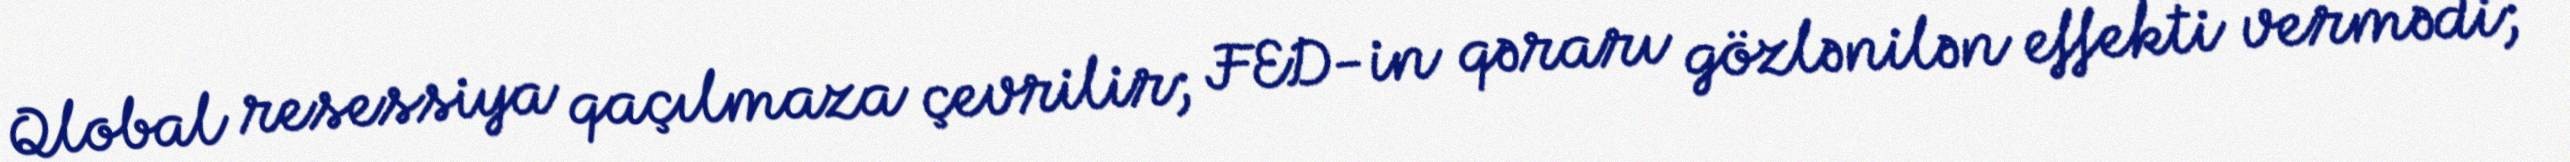
Qlobal resessiya qaçılmaza çevrilir; FED-in qərarı gözlənilən effekti vermədi;